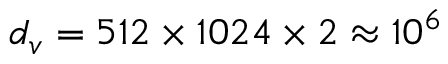
d _ { v } = 5 1 2 \times 1 0 2 4 \times 2 \approx 1 0 ^ { 6 }